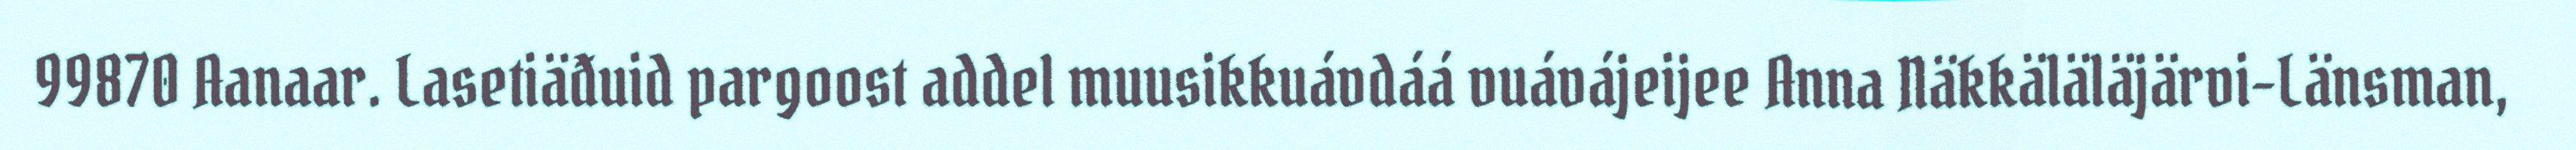
99870 Aanaar. Lasetiäđuid pargoost addel muusikkuávdáá vuávájeijee Anna Näkkäläläjärvi-Länsman,